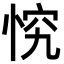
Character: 𭝄